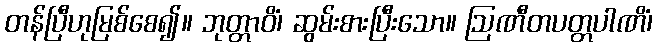
တန်ပြီဟုမြစ်စေ၍။ ဘုတ္တာဝိံ၊ ဆွမ်းစားပြီးသော။ ဩဏီတပတ္တပါဏိံ၊